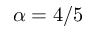
\alpha = 4 / 5